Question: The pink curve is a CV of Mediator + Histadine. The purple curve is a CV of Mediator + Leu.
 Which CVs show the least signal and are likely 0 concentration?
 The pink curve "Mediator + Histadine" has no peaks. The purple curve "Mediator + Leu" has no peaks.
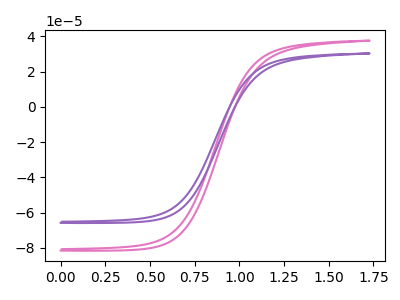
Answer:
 <answer>"Mediator + Histadine" and "Mediator + Leu" are likely to be blanks.</answer>
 <eval>"Mediator + Histadine", "Mediator + Leu"</eval>